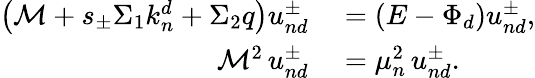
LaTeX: \begin{array}{rl}{\left(\mathcal{M}+s_{\pm}\Sigma_{1}k_{n}^{d}+\Sigma_{2}q\right)u_{nd}^{\pm}}&{{}=\left(E-\Phi_{d}\right)u_{nd}^{\pm},}\\ {\mathcal{M}^{2}\, u_{nd}^{\pm}}&{{}=\mu_{n}^{2}\, u_{nd}^{\pm}.}\end{array}